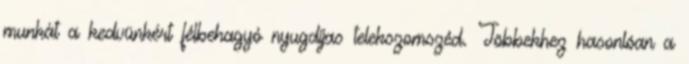
munkát a kedvünkért félbehagyó nyugdíjas telekszomszéd. Többekhez hasonlóan a